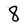
Character: 8